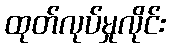
ထုတ်လုပ်မှုလိုင်း